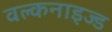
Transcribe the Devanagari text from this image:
वल्कनाइज्ड